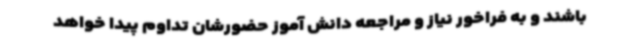
باشند و به فراخور نیاز و مراجعه دانش آموز حضورشان تداوم پیدا خواهد